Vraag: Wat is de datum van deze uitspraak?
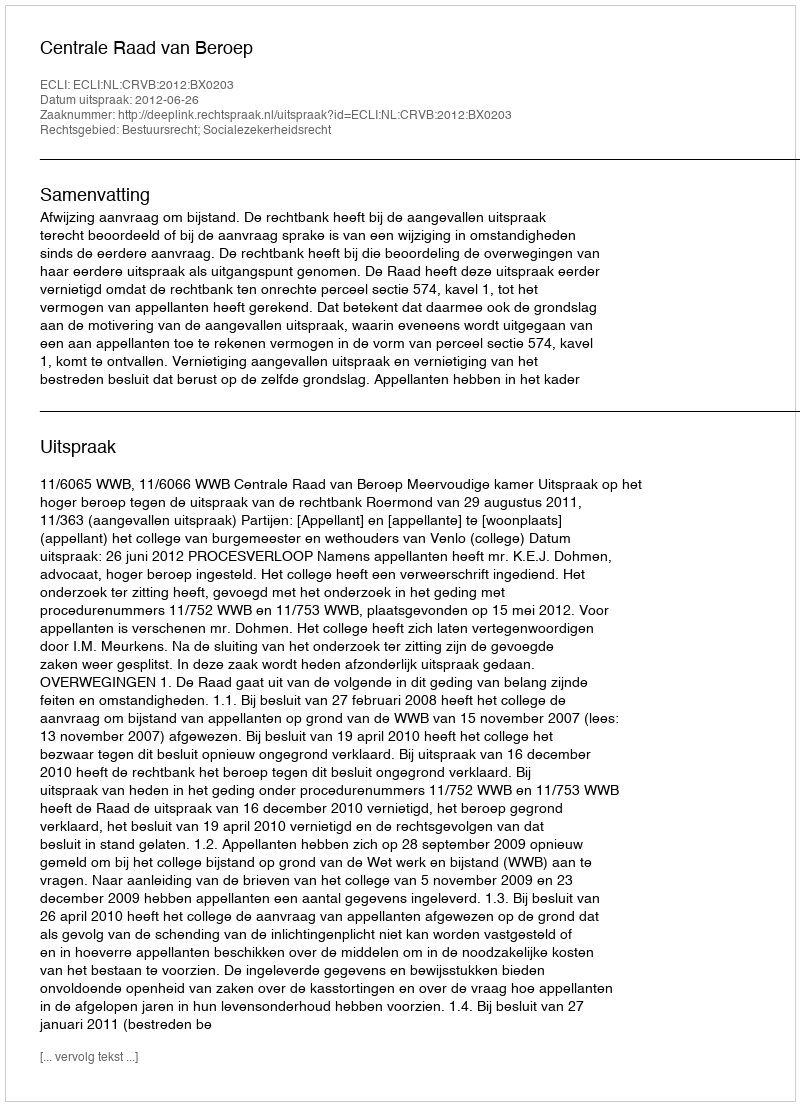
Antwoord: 2012-06-26